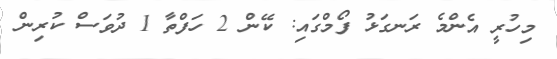
މިހުރީ އެންމެ ރަނގަޅު ފޯމްގައި: ކޭން 2 ހަފްތާ 1 ދުވަސް ކުރިން